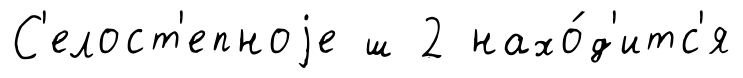
С'елост'епноjе ш 2 нахо́д'итс'я